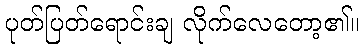
ပုတ်ပြတ်ရောင်းချ လိုက်လေတော့၏။